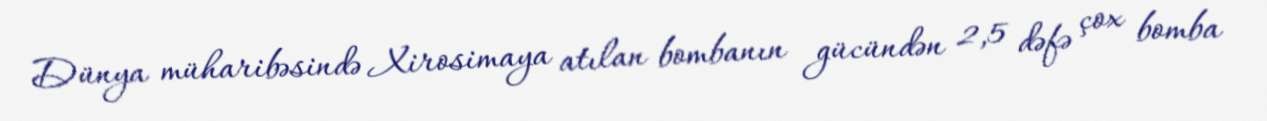
Dünya müharibəsində Xirosimaya atılan bombanın gücündən 2,5 dəfə çox bomba